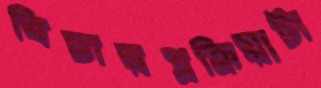
বিচারপ্রক্রিয়াটা